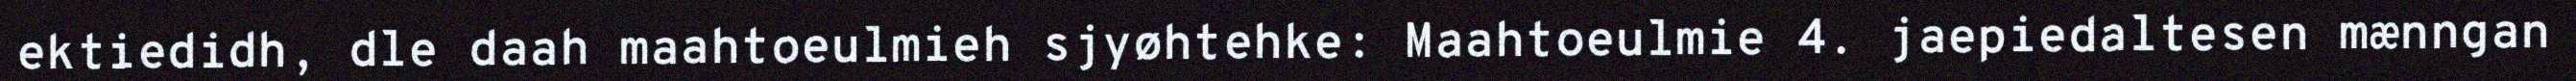
ektiedidh, dle daah maahtoeulmieh sjyøhtehke: Maahtoeulmie 4. jaepiedaltesen mænngan